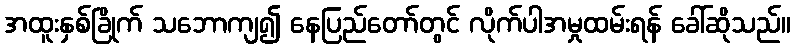
အထူးနှစ်ခြိုက် သဘောကျ၍ နေပြည်တော်တွင် လိုက်ပါအမှုထမ်းရန် ခေါ်ဆိုသည်။